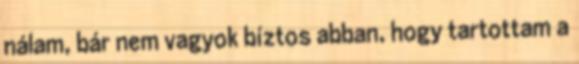
nálam, bár nem vagyok bíztos abban, hogy tartottam a